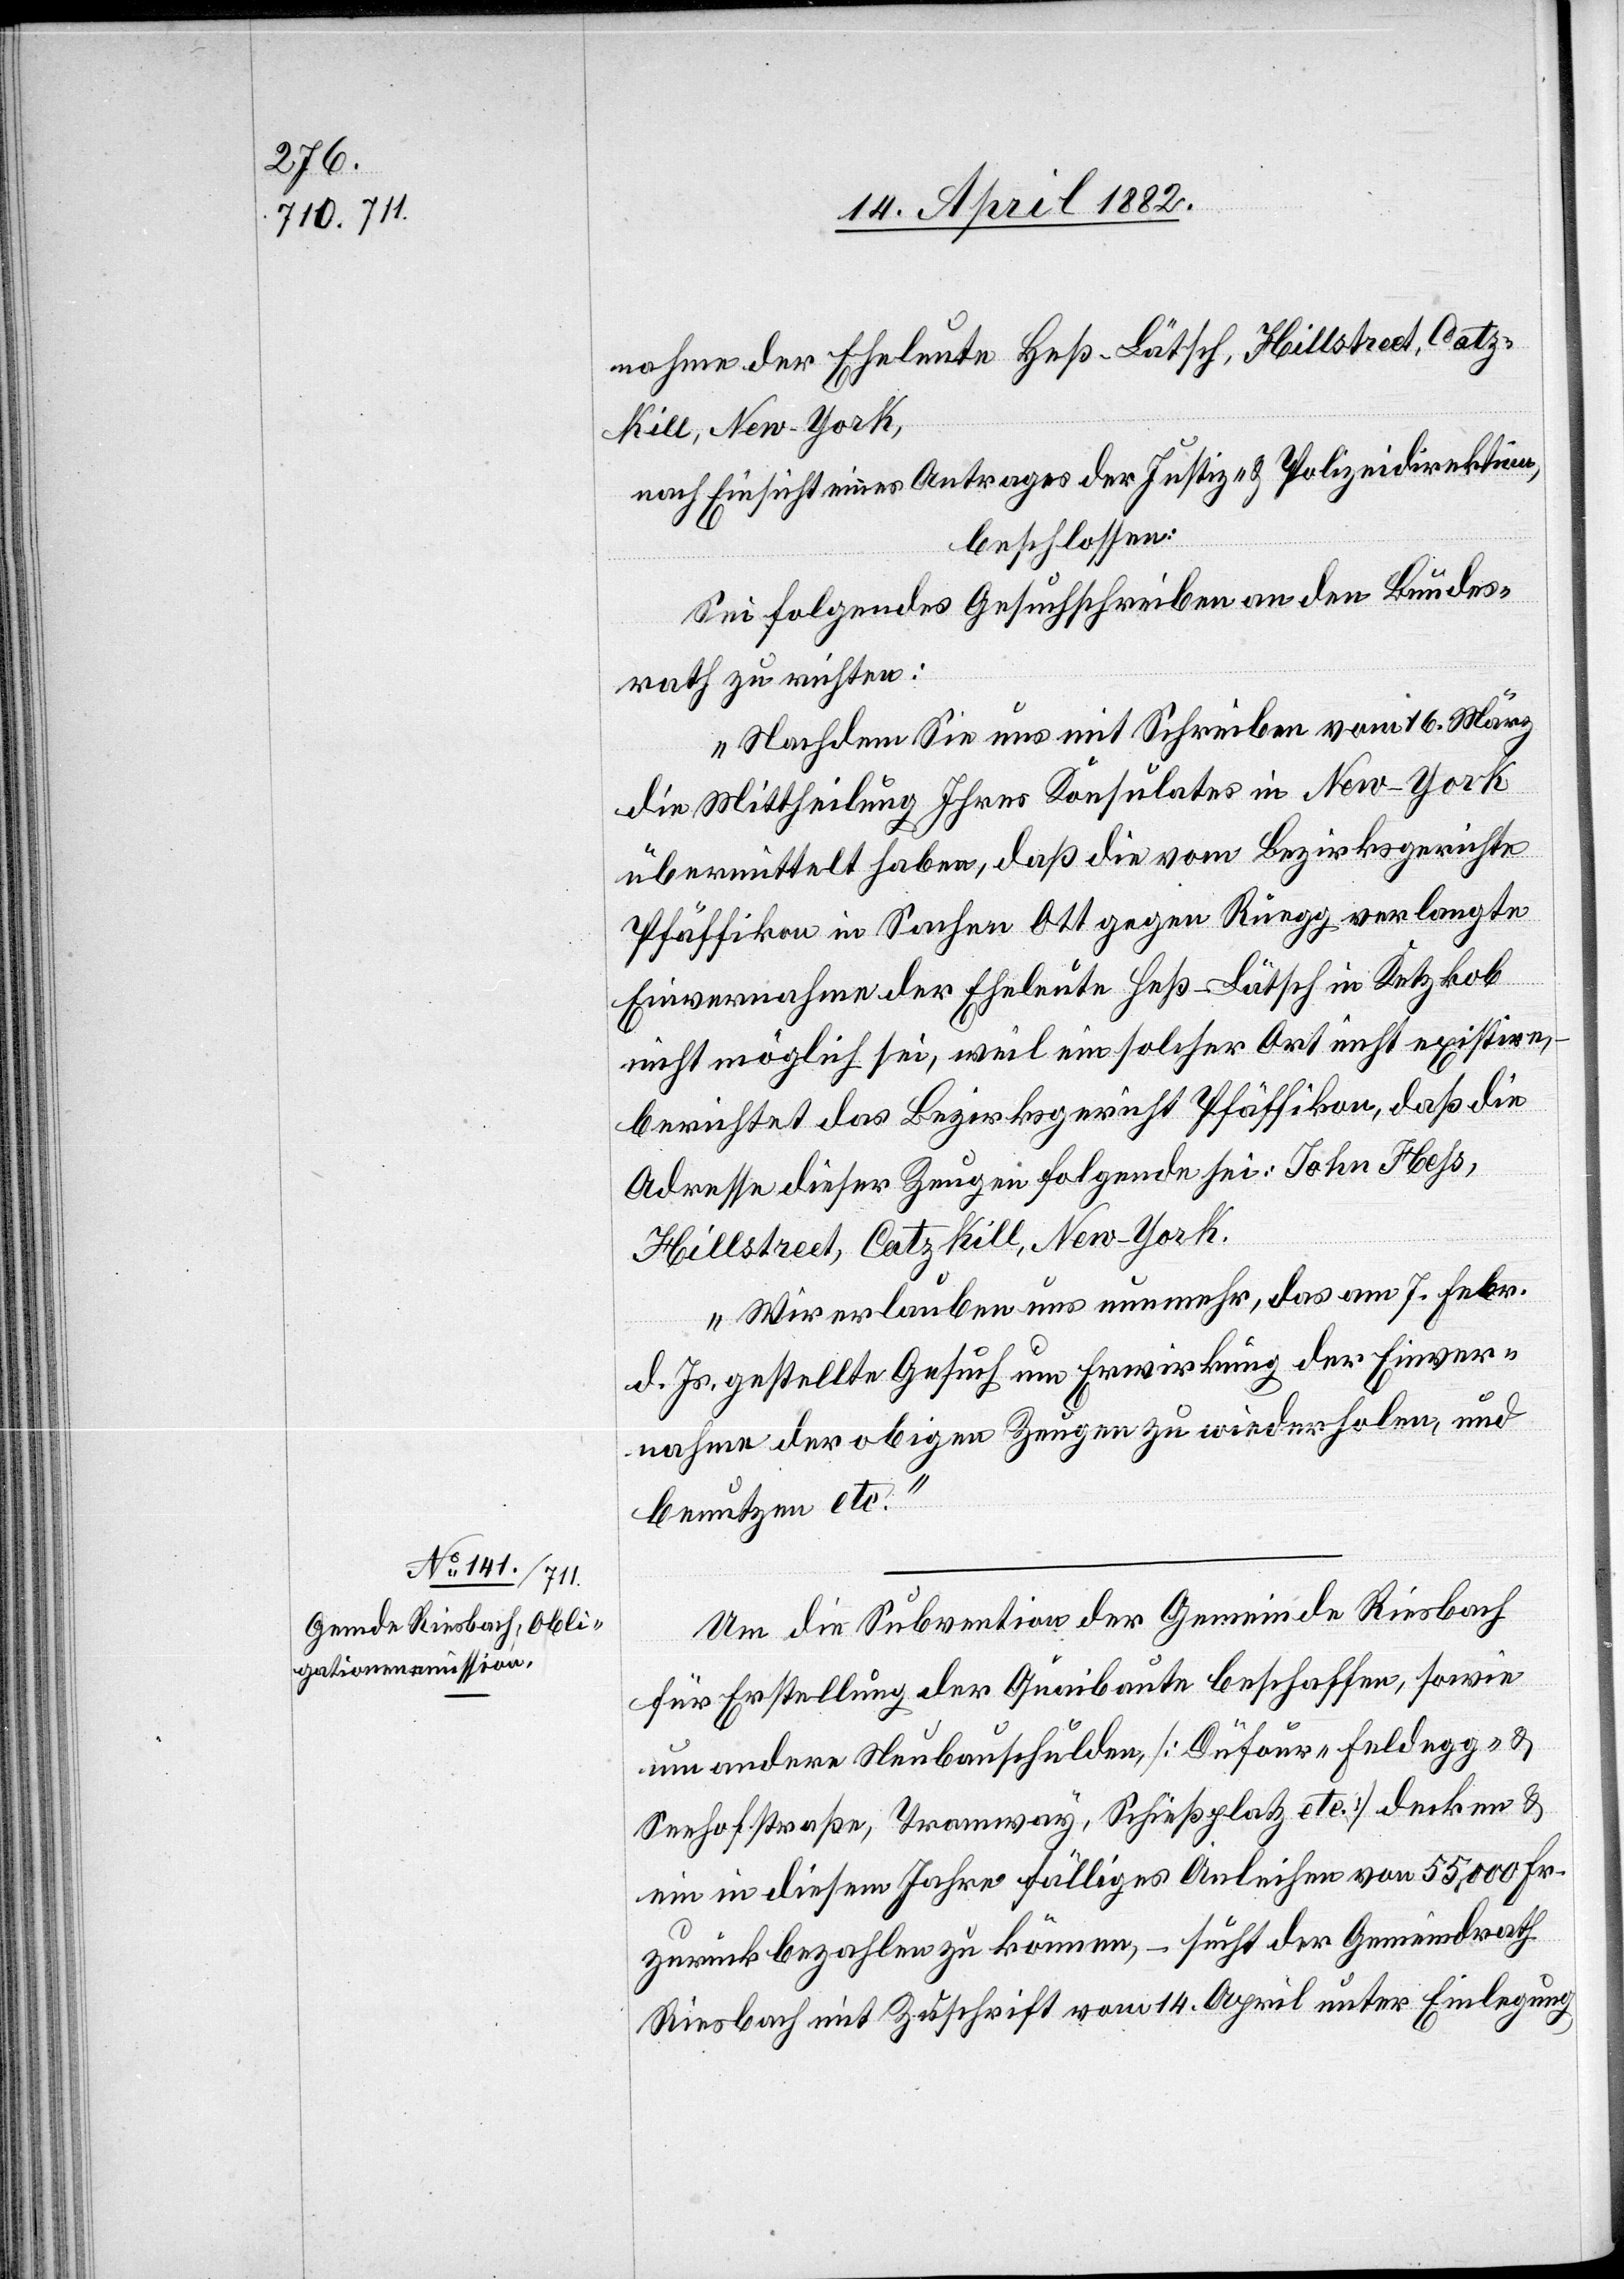
18. April 1882]
nahme der Eheleute Heß-Lätsch, Hillstreet, Catz-K¬
ill, New-York,]
nach Einsicht eines Antrages der Justiz- & Polizeidirektion,
beschlossen:
Sei folgendes Gesuchschreiben an den Bundes¬
rath zu richten:
„Nachdem Sie uns mit Schreiben vom 16. März
die Mittheilung Ihres Konsulates in New-York
übermittelt haben, daß die vom Bezirksgerichte
Pfäffikon in Sachen Ott gegen Rüegg verlangte
Einvernahme der Eheleute Heß-Lätsch in Ketzkob
nicht möglich sei, weil ein solcher Ort nicht existire,
berichtet das Bezirksgericht Pfäffikon, daß die
Adresse dieser Zeugen folgende sei: John Hess,
Hillstreet, Catz Kill, New-York.
Wir erlauben uns nunmehr, das am 7. Febr.
d. Js. gestellte Gesuch um Erwirkung der Einver¬
nahme der obigen Zeugen zu wiederholen, und
benutzen etc.“
Um die Subvention der Gemeinde Riesbach
für Erstellung der Quaibaute beschaffen, sowie
um andere Neubauschulden, [Düfour-[,] Feldegg- &
Seehofstraße, Tramway, Schießplatz etc.] decken &
ein in diesem Jahre fälliges Anleihen von 55,000 Fr.
zurück bezahlen zu können, – sucht der Gemeindrath
Riesbach mit Zuschrift vom 14. April unter Einlegung